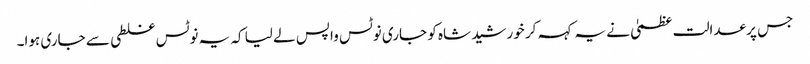
جس پر عدالت عظمیٰ نے یہ کہہ کر خورشید شاہ کو جاری نوٹس واپس لے لیا کہ یہ نوٹس غلطی سے جاری ہوا۔